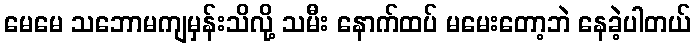
မေမေ သဘောမကျမှန်းသိလို့ သမီး နောက်ထပ် မမေးတော့ဘဲ နေခဲ့ပါတယ်